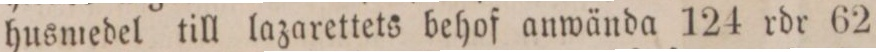
husmedel till lazarettets behof anwända 124 rdr 62